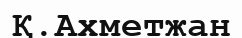
Қ.Ахметжан